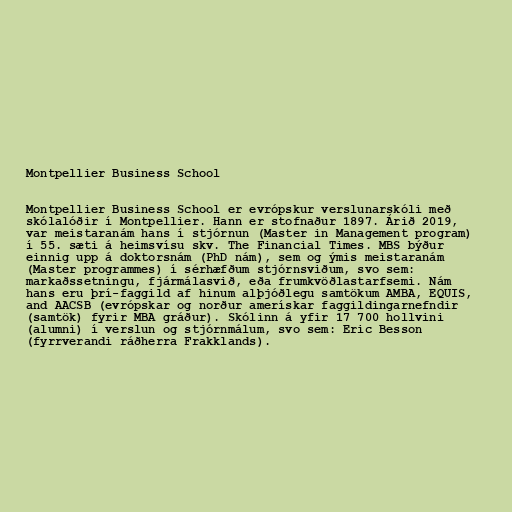
Montpellier Business School

Montpellier Business School er evrópskur verslunarskóli með
skólalóðir í Montpellier. Hann er stofnaður 1897. Árið 2019,
var meistaranám hans í stjórnun (Master in Management program)
í 55. sæti á heimsvísu skv. The Financial Times. MBS býður
einnig upp á doktorsnám (PhD nám), sem og ýmis meistaranám
(Master programmes) í sérhæfðum stjórnsviðum, svo sem:
markaðssetningu, fjármálasvið, eða frumkvöðlastarfsemi. Nám
hans eru þrí-faggild af hinum alþjóðlegu samtökum AMBA, EQUIS,
and AACSB (evrópskar og norður amerískar faggildingarnefndir
(samtök) fyrir MBA gráður). Skólinn á yfir 17 700 hollvini
(alumni) í verslun og stjórnmálum, svo sem: Eric Besson
(fyrrverandi ráðherra Frakklands).